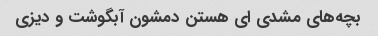
بچه‌های مشدی ای هستن دمشون آبگوشت و دیزی